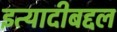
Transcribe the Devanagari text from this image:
इत्यादीबद्दल